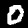
Digit: 0